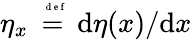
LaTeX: \eta_{x}\stackrel{\mathrm{~\tiny~{~d~e~f~}~}}{=}\mathrm{d}\eta(x)/\mathrm{d}x